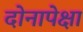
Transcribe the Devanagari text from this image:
दोनापेक्षा